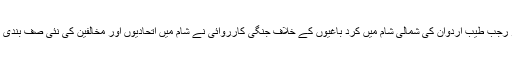
ترک صدر رجب طیب اردوان کی شمالی شام میں کرد باغیوں کے خلاف جنگی کارروائی نے شام میں اتحادیوں اور مخالفین کی نئی صف بندی کردی ہے۔